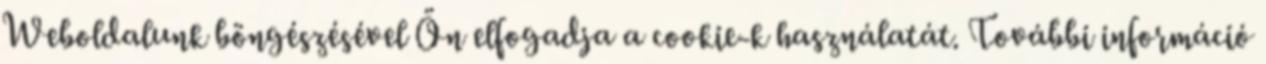
Weboldalunk böngészésével Ön elfogadja a cookie-k használatát. További információ